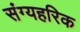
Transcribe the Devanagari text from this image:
संग्यहरिक